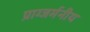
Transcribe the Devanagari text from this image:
प्राग्जर्मनीय